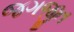
જગજીત